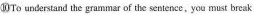
⑩To understand the grammar of the sentence, you must break